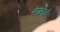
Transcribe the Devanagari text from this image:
मळचे